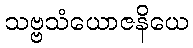
သဗ္ဗသံယောဇနိယေ